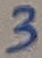
Text: 3